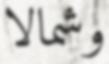
وشمالا